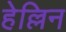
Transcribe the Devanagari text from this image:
हेल्लिन